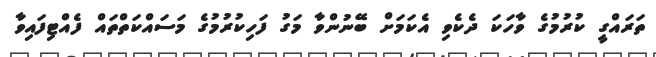
ތަރައްގީ ކުރުމުގެ ވާހަކަ ދެކެވި އެކަމަށް ބޭނުންވާ މަގު ފަހިކުރުމުގެ މަސައްކަތްތައް ފެއްޓިފައިވާ